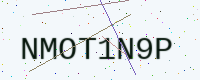
Text: NMOT1N9P